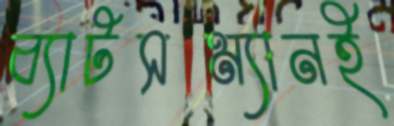
ব্যাটসম্যানই